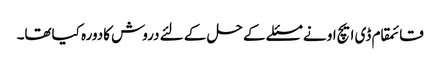
قائمقام ڈی ایچ او نے مسئلے کے حل کے لئے دروش کادورہ کیاتھا۔